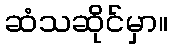
ဆံသဆိုင်မှာ။